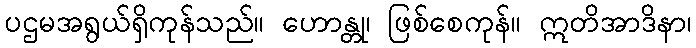
ပဌမအရွယ်ရှိကုန်သည်။ ဟောန္တု၊ ဖြစ်စေကုန်။ ဣတိအာဒိနာ၊